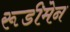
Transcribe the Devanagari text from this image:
रूडीमेन